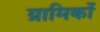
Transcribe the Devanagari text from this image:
ग्रामिकों